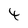
Character: 4